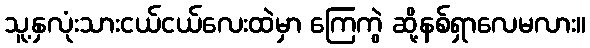
သူ့နှလုံးသားငယ်ငယ်လေးထဲမှာ ကြေကွဲ ဆို့နစ်ရှာလေမလား။